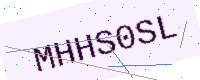
Text: MHHS0SL